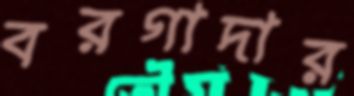
বরগাদার